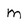
Character: m